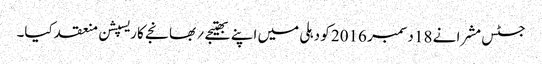
جسٹس مشرا نے 18 دسمبر 2016 کو دہلی میں اپنے بھتیجے ؍ بھانجے کا ریسپشن منعقد کیا۔